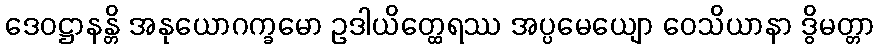
ဒေဝဋ္ဌာနန္တိ အနုယောဂက္ခမော ဥဒါယိတ္ထေရဿ အပ္ပမေယျော ဝေသိယာနာ ဒွိမတ္တာ